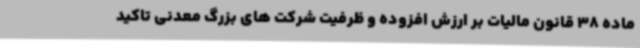
ماده 38 قانون مالیات بر ارزش افزوده و ظرفیت شرکت های بزرگ معدنی تاکید